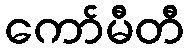
ကော်မီတီ